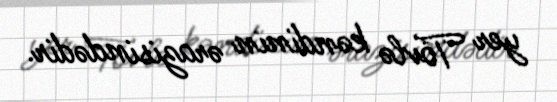
yer Tövlə kəndinin ərazisindədir.